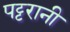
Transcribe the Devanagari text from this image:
पट्टरानी